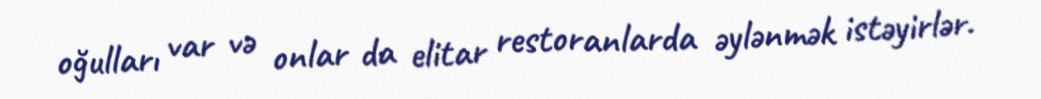
oğulları var və onlar da elitar restoranlarda əylənmək istəyirlər.